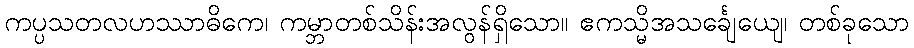
ကပ္ပသတလဟဿာဓိကေ၊ ကမ္ဘာတစ်သိန်းအလွန်ရှိသော။ ဧကသ္မိအသင်္ချေယျေ၊ တစ်ခုသော